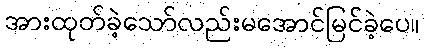
အားထုတ်ခဲ့သော်လည်းမအောင်မြင်ခဲ့ပေ။